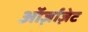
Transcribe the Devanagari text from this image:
ऑर्ज़ाज़ेट